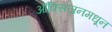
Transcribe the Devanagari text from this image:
ऑक्सिजनमधून